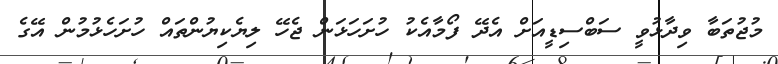
މުޖުތަބާ ވިދާޅުވީ ސަބްސިޑީއަށް އެދޭ ފޯމާއެކު ހުށަހަޅަން ޖެހޭ ލިޔެކިޔުންތައް ހުށަހެޅުމުން އޭގެ